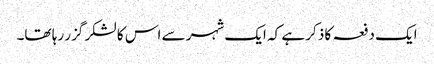
ایک دفعہ کا ذکر ہے کہ ایک شہر سے اس کا لشکر گزر رہا تھا۔